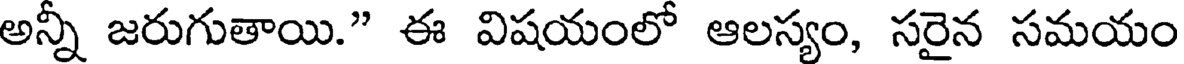
అన్నీ జరుగుతాయి." ఈ విషయంలో ఆలస్యం, సరైన సమయం